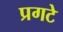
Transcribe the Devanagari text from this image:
प्रगटे